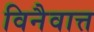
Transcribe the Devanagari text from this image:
विनैवात्त